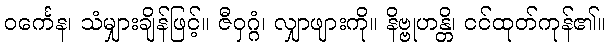
ဝင်္ကေန၊ သံမျှားချိန်ဖြင့်။ ဇီဝှဂ္ဂံ၊ လျှာဖျားကို။ နိဗ္ဗုဟန္တိ၊ ငင်ထုတ်ကုန်၏။